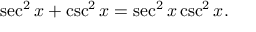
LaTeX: \sec ^ { 2 } x + \csc ^ { 2 } x = \sec ^ { 2 } x \csc ^ { 2 } x .